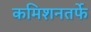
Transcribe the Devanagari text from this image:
कमिशनतर्फे